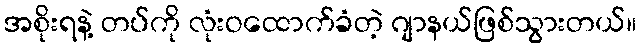
အစိုးရနဲ့ တပ်ကို လုံးဝထောက်ခံတဲ့ ဂျာနယ်ဖြစ်သွားတယ်။